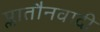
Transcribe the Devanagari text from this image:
प्लातौनवादी